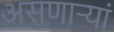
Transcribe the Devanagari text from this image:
असणाऱ्यां